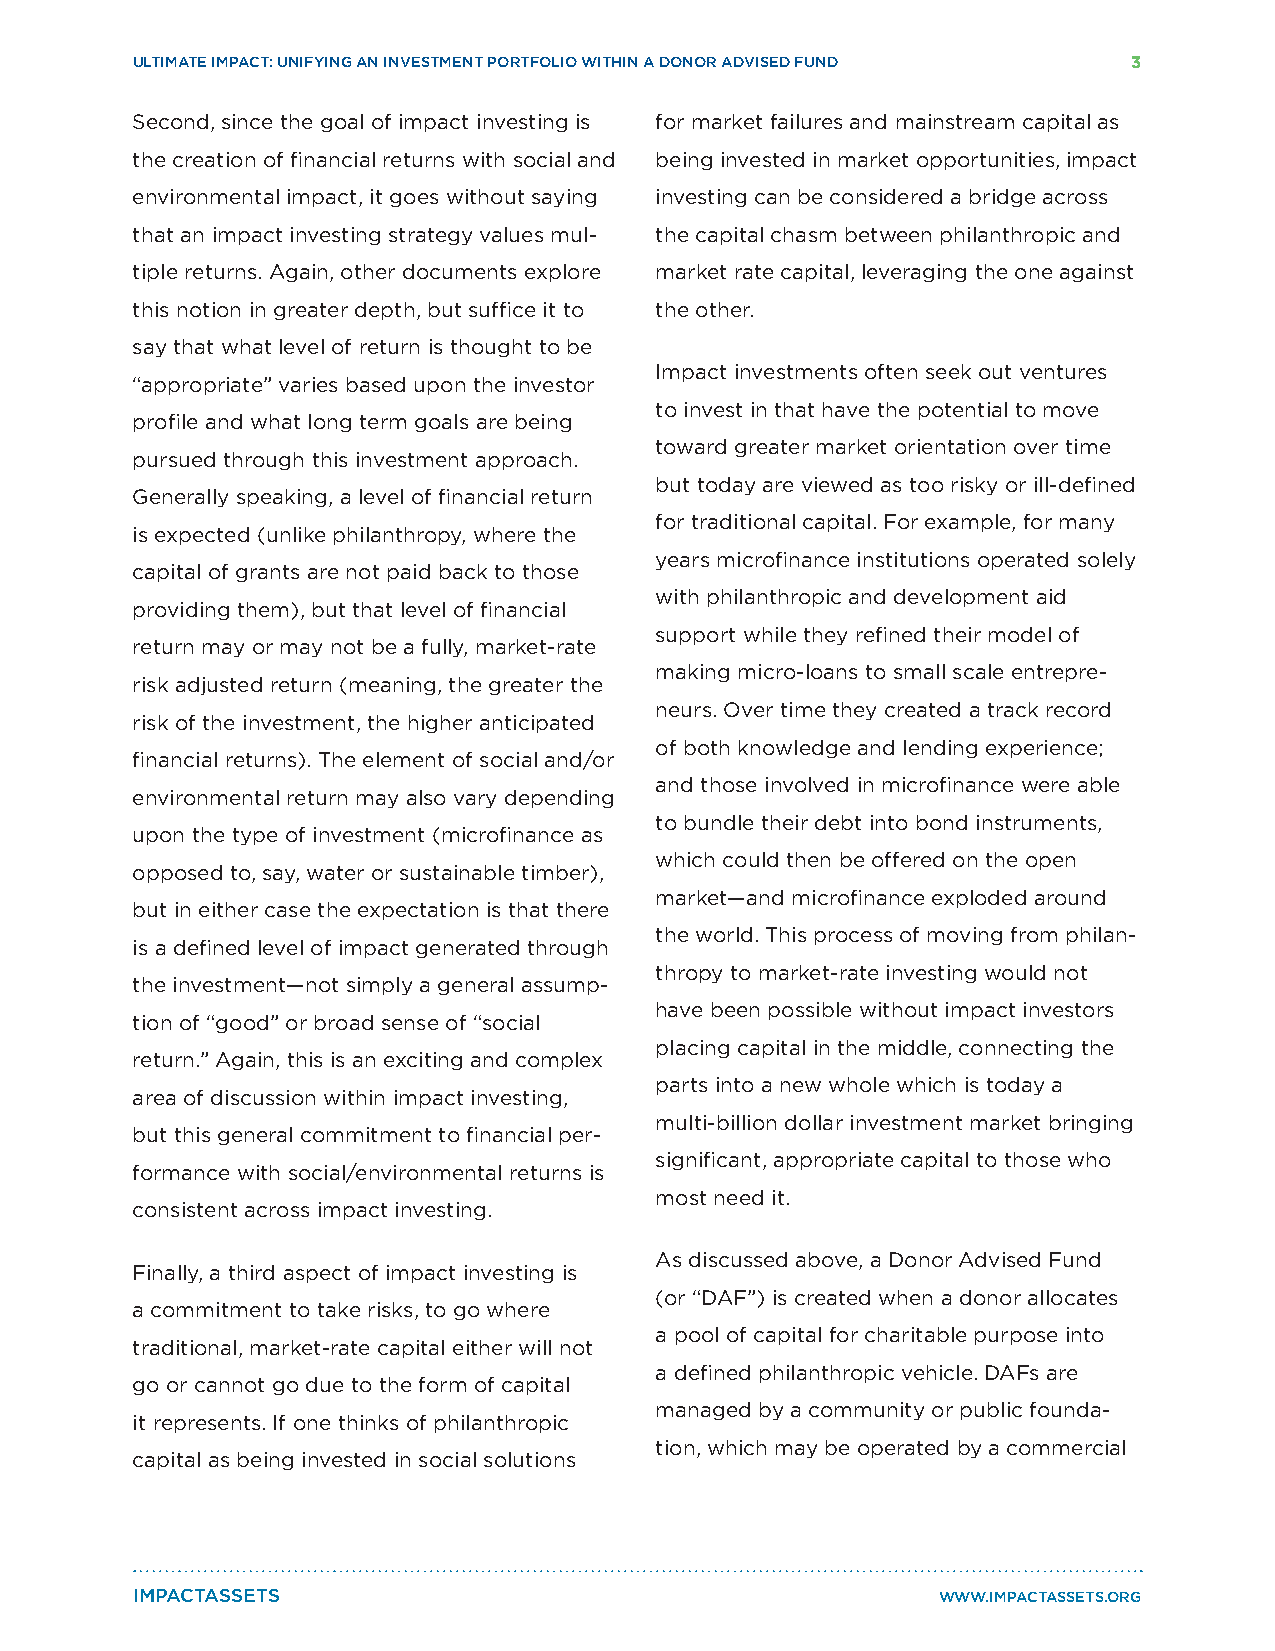
ULTIMATE IMPACT: UNIFYING AN INVESTMENT PORTFOLIO WITHIN A DONOR ADVISED FUND 3
 Second, since the goal of impact investing is for market failures and mainstream capital as
 the creation of financial returns with social and being invested in market opportunities, impact
 environmental impact, it goes without saying investing can be considered a bridge across
 that an impact investing strategy values mul- the capital chasm between philanthropic and
 tiple returns. Again, other documents explore market rate capital, leveraging the one against
 this notion in greater depth, but suffice it to the other.
 say that what level of return is thought to be
 Impact investments often seek out ventures
 “appropriate” varies based upon the investor
 to invest in that have the potential to move
 profile and what long term goals are being
 toward greater market orientation over time
 pursued through this investment approach.
 but today are viewed as too risky or ill-defined
 Generally speaking, a level of financial return
 for traditional capital. For example, for many
 is expected (unlike philanthropy, where the
 years microfinance institutions operated solely
 capital of grants are not paid back to those
 with philanthropic and development aid
 providing them), but that level of financial
 support while they refined their model of
 return may or may not be a fully, market-rate
 making micro-loans to small scale entrepre-
 risk adjusted return (meaning, the greater the
 neurs. Over time they created a track record
 risk of the investment, the higher anticipated
 of both knowledge and lending experience;
 financial returns). The element of social and/or
 and those involved in microfinance were able
 environmental return may also vary depending
 to bundle their debt into bond instruments,
 upon the type of investment (microfinance as
 which could then be offered on the open
 opposed to, say, water or sustainable timber),
 market—and microfinance exploded around
 but in either case the expectation is that there
 the world. This process of moving from philan-
 is a defined level of impact generated through
 thropy to market-rate investing would not
 the investment—not simply a general assump-
 have been possible without impact investors
 tion of “good” or broad sense of “social
 placing capital in the middle, connecting the
 return.” Again, this is an exciting and complex
 parts into a new whole which is today a
 area of discussion within impact investing,
 multi-billion dollar investment market bringing
 but this general commitment to financial per-
 significant, appropriate capital to those who
 formance with social/environmental returns is
 most need it.
 consistent across impact investing.
 As discussed above, a Donor Advised Fund
 Finally, a third aspect of impact investing is
 (or “DAF”) is created when a donor allocates
 a commitment to take risks, to go where
 a pool of capital for charitable purpose into
 traditional, market-rate capital either will not
 a defined philanthropic vehicle. DAFs are
 go or cannot go due to the form of capital
 managed by a community or public founda-
 it represents. If one thinks of philanthropic
 tion, which may be operated by a commercial
 capital as being invested in social solutions
 IMPACTASSETS                                         WWW.IMPACTASSETS.ORG